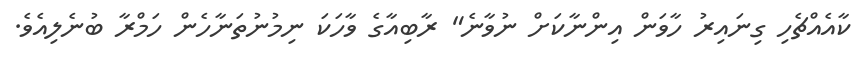
ކާއެއްޗެހި ގިނައިރު ހާވަން އިންނާކަށް ނުވާނެ" ރާބިއާގެ ވާހަކަ ނިމުނުތަނާހެން ހަމްރާ ބުނެލިއެވެ.